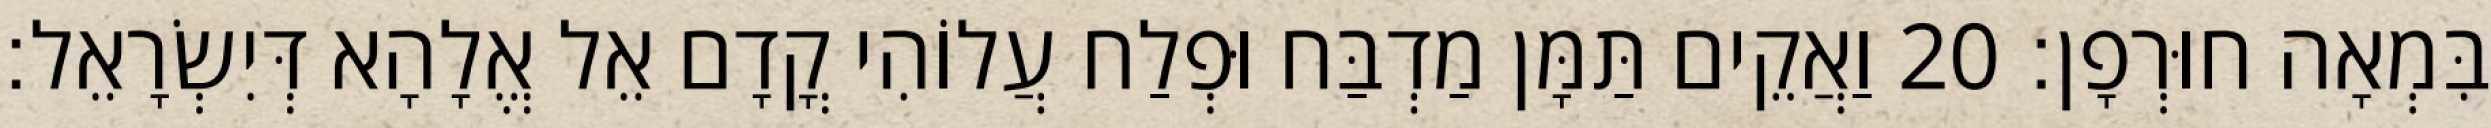
בִּמְאָה חוּרְפָן׃ 20 וַאֲקֵים תַּמָּן מַדְבַּח וּפְלַח עֲלוֹהִי קֳדָם אֵל אֱלָהָא דְּיִשְׂרָאֵל׃